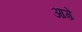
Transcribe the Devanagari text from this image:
आग़े